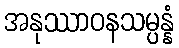
အနုဿာဝနသမ္ပန္နံ